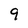
Character: 9